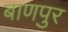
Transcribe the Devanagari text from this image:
बाणपुर